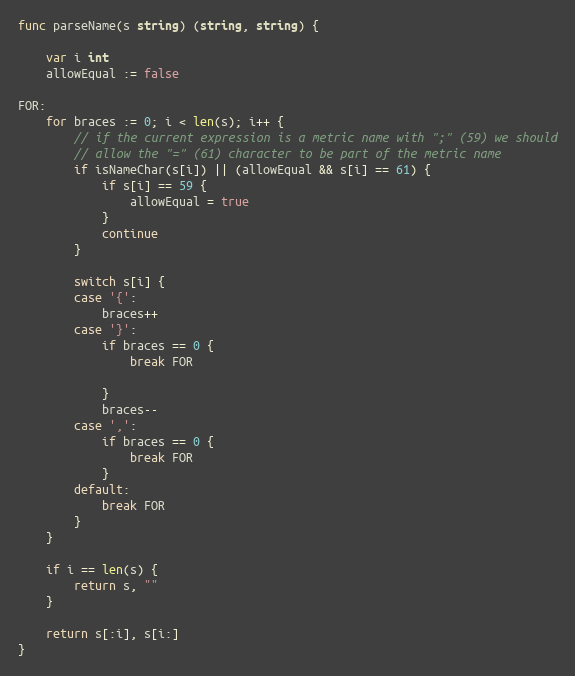
Language: Go
func parseName(s string) (string, string) {

	var i int
	allowEqual := false

FOR:
	for braces := 0; i < len(s); i++ {
		// if the current expression is a metric name with ";" (59) we should
		// allow the "=" (61) character to be part of the metric name
		if isNameChar(s[i]) || (allowEqual && s[i] == 61) {
			if s[i] == 59 {
				allowEqual = true
			}
			continue
		}

		switch s[i] {
		case '{':
			braces++
		case '}':
			if braces == 0 {
				break FOR

			}
			braces--
		case ',':
			if braces == 0 {
				break FOR
			}
		default:
			break FOR
		}
	}

	if i == len(s) {
		return s, ""
	}

	return s[:i], s[i:]
}